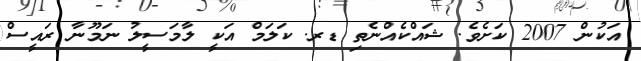
އަކުން 2007 ކަށެވެ. ޝައްކެއްނެތި ޑރ. ކަލަމް އަކީ ލާމަސީލު ނަމޫނާ ރައީސް